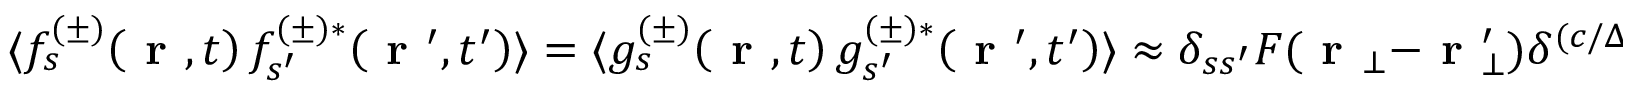
\langle f _ { s } ^ { ( \pm ) } \! \left( \textbf { r } , t \right) f _ { s ^ { \prime } } ^ { ( \pm ) * } \! \left( \textbf { r } ^ { \prime } , t ^ { \prime } \right) \rangle = \langle g _ { s } ^ { ( \pm ) } \! \left( \textbf { r } , t \right) g _ { s ^ { \prime } } ^ { ( \pm ) * } \! \left( \textbf { r } ^ { \prime } , t ^ { \prime } \right) \rangle \approx \delta _ { s s ^ { \prime } } F ( \textbf { r } _ { \bot } - \textbf { r } _ { \bot } ^ { \prime } ) \delta ^ { ( c / \Delta \omega ) } \! \left( z - z ^ { \prime } \right) \delta ^ { ( \varepsilon ) } \! \left( t - t ^ { \prime } \right) ,